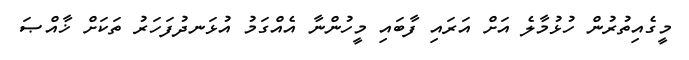
މީގެއިތުރުން ހުޅުމާލެ އަށް އަރައި ފާބައި މީހުންނާ އެއްގަމު އުޅަނދުފަހަރު ތަކަށް ޚާއްޞަ